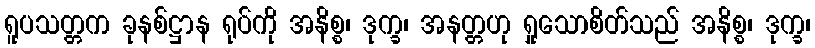
ရူပသတ္တက ခုနစ်ဋ္ဌာန ရုပ်ကို အနိစ္စ၊ ဒုက္ခ၊ အနတ္တဟု ရှုသောစိတ်သည် အနိစ္စ၊ ဒုက္ခ၊